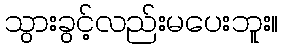
သွားခွင့်လည်းမပေးဘူး။